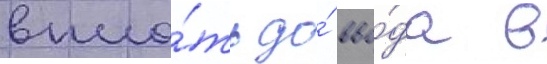
впло́ть до́ вво́да в